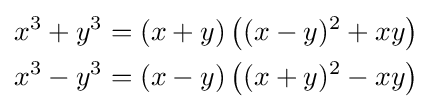
{\begin{aligned}x^{3}+y^{3}&=(x+y)\left((x-y)^{2}+xy\right)\\x^{3}-y^{3}&=(x-y)\left((x+y)^{2}-xy\right)\end{aligned}}